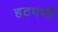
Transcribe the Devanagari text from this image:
हटधमीं